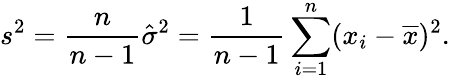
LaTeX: s^{2}={\frac{n}{n-1}}{\hat{\sigma}}^{2}={\frac{1}{n-1}}\sum_{i=1}^{n}(x_{i}-{\overline{{x}}})^{2}.